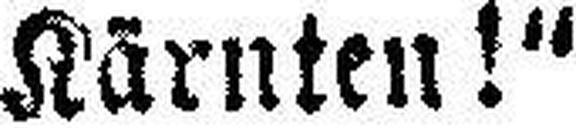
Kärnten!“